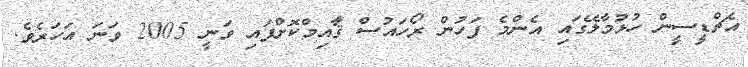
އެޗްޑީސީން ހުޅުމާލޭގައި އެންމެ ފަހުން ރޯހައުސް ޤާއިމްކޮށްފައި ވަނީ 2005 ވަނަ އަހަރެވެ.